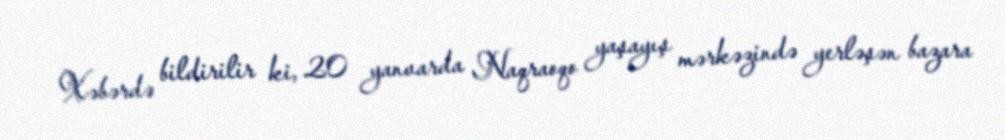
Xəbərdə bildirilir ki, 20 yanvarda Naqraoqo yaşayış mərkəzində yerləşən bazara